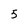
Character: 5